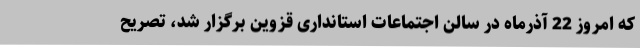
که امروز 22 آذرماه در سالن اجتماعات استانداری قزوین برگزار شد، تصریح